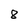
Character: 8